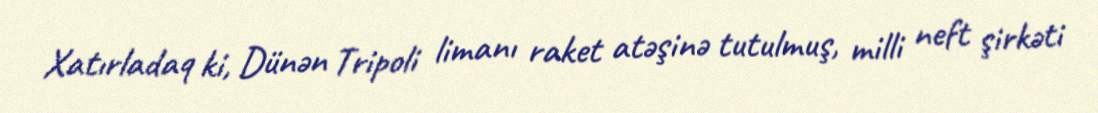
Xatırladaq ki, Dünən Tripoli limanı raket atəşinə tutulmuş, milli neft şirkəti